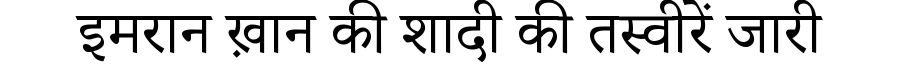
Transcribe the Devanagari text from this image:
इमरान ख़ान की शादी की तस्वीरें जारी